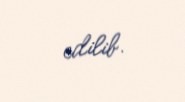
edilib.